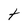
Character: t